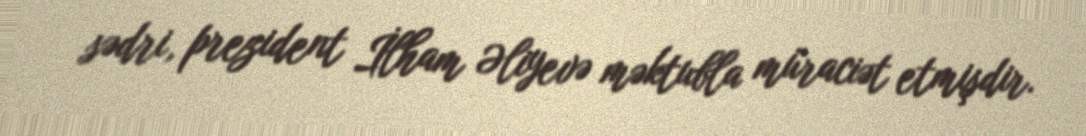
sədri, prezident İlham Əliyevə məktubla müraciət etmişdir.